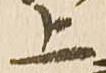
上